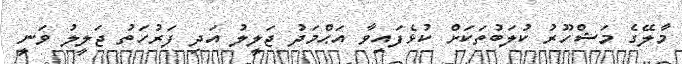
މާލޭގެ މަޝްހޫރު ކުލަބުތަކަށް ކުޅެފައިވާ އަޙްމަދު ޖަލީލު އަދި ފަރުހަތު ޖަލީލު ވަނީ